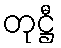
တုဋ္ဌီ